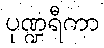
ပုဏ္ဍရီကာ